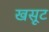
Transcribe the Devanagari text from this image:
खसूट